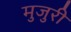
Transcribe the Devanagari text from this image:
मुजुरी